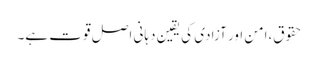
حقوق،امن اور آزادی کی یقین دہانی اصل قوت ہے۔